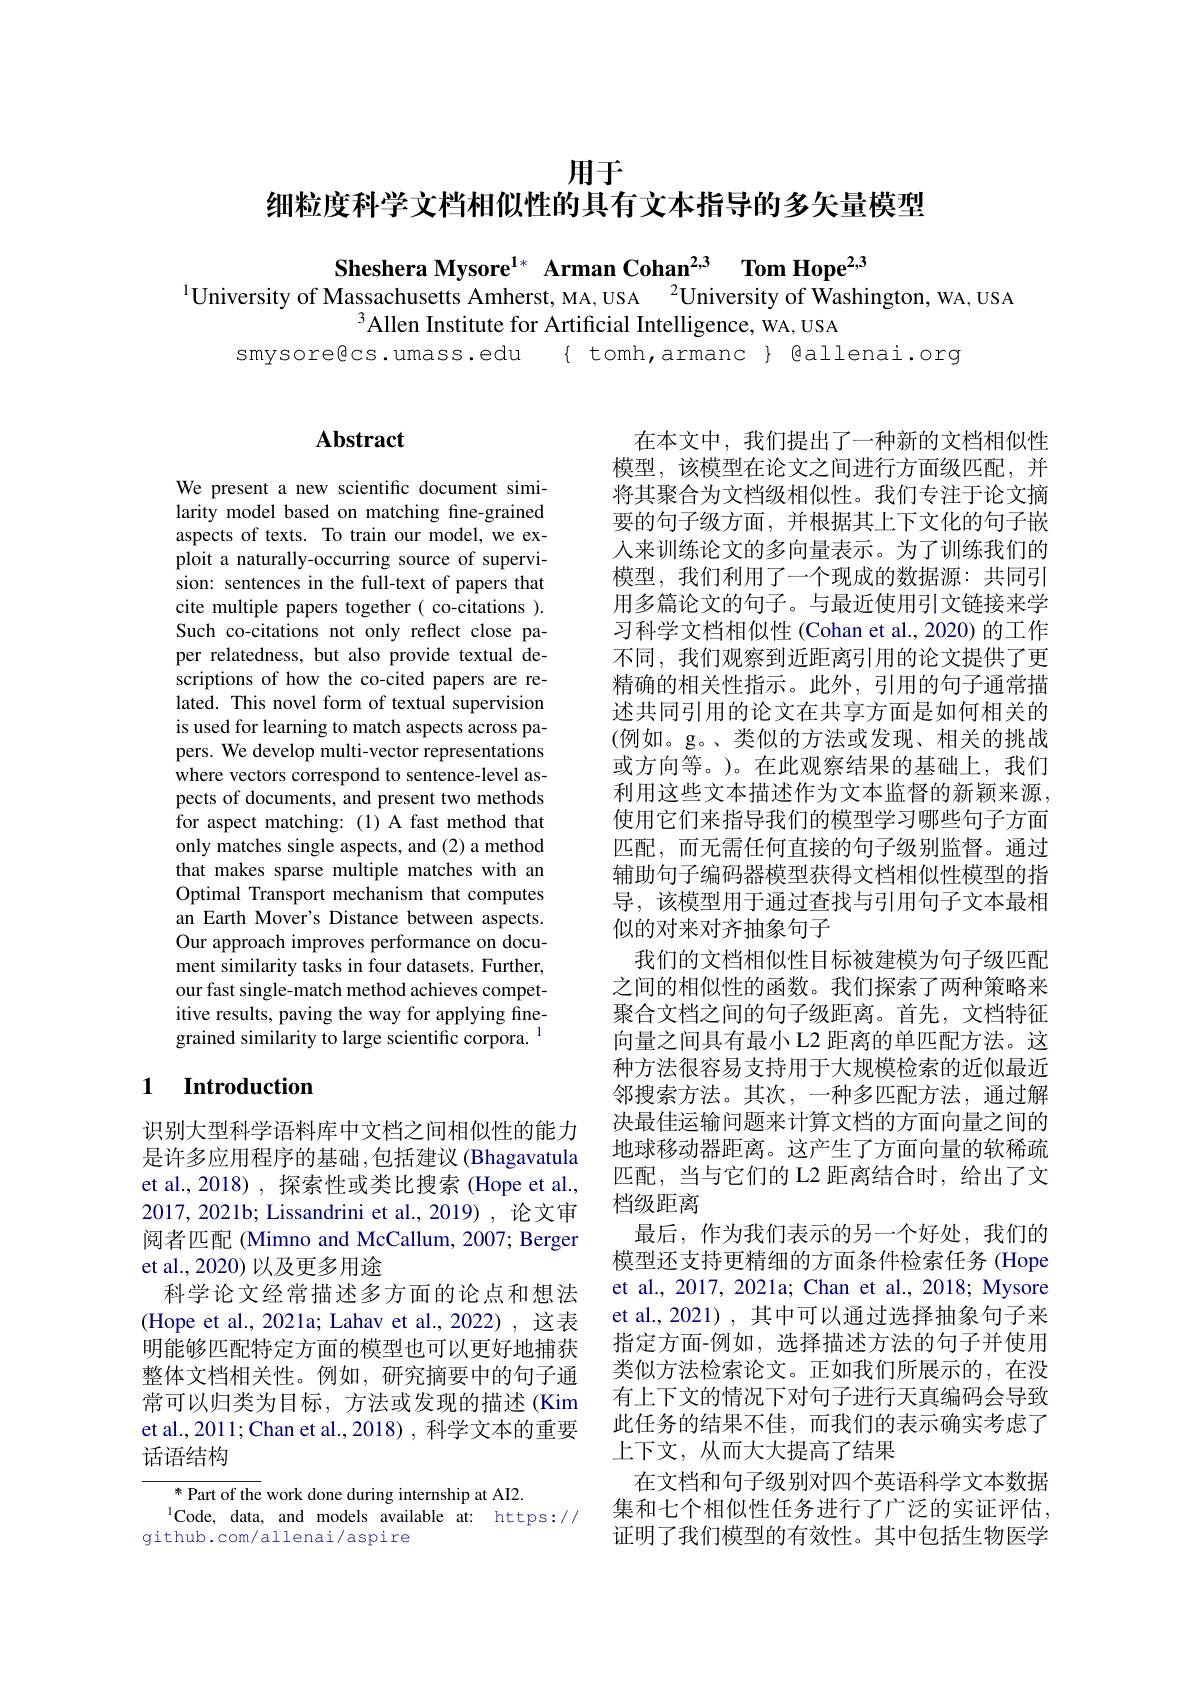
用于
细粒度科学文档相似性的具有文本指导的多矢量模型

Sheshera Mysore$^{1*}$ Arman Cohan$^{2,3}$ Tom Hope$^{2,3}$
$^{1}$University of Massachusetts Amherst, MA, USA $^2$University of Washington, WA, USA
$^{3}$Allen Institute for Artificial Intelligence, WA, USA
smysore@cs. umass. edu { tomh, armanc } @allenai. org

## $\mathbf{Abstract}$

We present a new scientific document similarity model based on matching fine-grained aspects of texts. To train our model, we exploit a naturally-occurring source of supervision: sentences in the full-text of papers that cite multiple papers together( co-citations ). Such co-citations not only reflect close paper relatedness, but also provide textual descriptions of how the co-cited papers are related. This novel form of textual supervision is used for learning to match aspects across papers. We develop multi-vector representations where vectors correspond to sentence-level aspects of documents, and present two methods for aspect matching: (1) A fast method that only matches single aspects, and (2) a method that makes sparse multiple matches with an Optimal Transport mechanism that computes an Earth Mover's Distance between aspects. Our approach improves performance on document similarity tasks in four datasets. Further, our fast single- match method achieves competitive results, paving the way for applying finegrained similarity to large scientific corpora. $^{1}$

### 1 $\textbf{Introduction}$

识别大型科学语料库中文档之间相似性的能力是许多应用程序的基础，包括建议 (Bhagavatula et al., 2018) , 探索性或类比搜索 (Hope et al., 2017,2021b; Lissandrini et al.,2019),论文审阅者匹配(Mimno and McCallum, 2007; Berger et al., 2020) 以及更多用途
科学论文经常描述多方面的论点和想法(Hope et al., 2021a; Lahav et al., 2022), 这表明能够匹配特定方面的模型也可以更好地捕获整体文档相关性。例如，研究摘要中的句子通常可以归类为目标，方法或发现的描述(Kim et al., 201 1; Chan et al., 2018) , 科学文本的重要话语结构

$^{*}$ Part of the work done during internship at AI2.
$^{1}$Code, data, and models available at: https://
github.com/allenai/aspire

在本文中，我们提出了一种新的文档相似性模型，该模型在论文之间进行方面级匹配，并将其聚合为文档级相似性。我们专注于论文摘要的句子级方面，并根据其上下文化的句子嵌人来训练论文的多向量表示。为了训练我们的模型，我们利用了一个现成的数据源：共同引用多篇论文的句子。与最近使用引文链接来学习科学文档相似性 (Cohan et al., 2020) 的工作不同，我们观察到近距离引用的论文提供了更精确的相关性指示。此外，引用的句子通常描述共同引用的论文在共享方面是如何相关的(例如。g。、类似的方法或发现、相关的挑战或方向等。)。在此观察结果的基础上，我们利用这些文本描述作为文本监督的新颖来源， 使用它们来指导我们的模型学习哪些句子方面匹配，而无需任何直接的句子级别监督。通过辅助句子编码器模型获得文档相似性模型的指导，该模型用于通过查找与引用句子文本最相似的对来对齐抽象句子
我们的文档相似性目标被建模为句子级匹配之间的相似性的函数。我们探索了两种策略来聚合文档之间的句子级距离。首先，文档特征向量之间具有最小 L2 距离的单匹配方法。这种方法很容易支持用于大规模检索的近似最近邻搜索方法。其次，一种多匹配方法，通过解决最佳运输问题来计算文档的方面向量之间的地球移动器距离。这产生了方面向量的软稀疏匹配，当与它们的 L2 距离结合时，给出了文档级距离
最后，作为我们表示的另一个好处，我们的模型还支持更精细的方面条件检索任务 (Hope et al., 2017, 2021a; Chan et al., 2018; Mysore et al., 2021) , 其中可以通过选择抽象句子来指定方面-例如，选择描述方法的句子并使用类似方法检索论文。正如我们所展示的，在没有上下文的情况下对句子进行天真编码会导致此任务的结果不佳，而我们的表示确实考虑了上下文，从而大大提高了结果
在文档和句子级别对四个英语科学文本数据集和七个相似性任务进行了广泛的实证评估， 证明了我们模型的有效性。其中包括生物医学